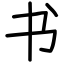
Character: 书